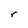
Character: r